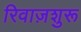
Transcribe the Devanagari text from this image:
रिवाज़शुरू